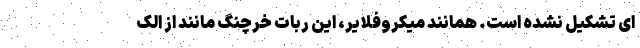
ای تشکیل نشده است. همانند میکروفلایر، این ربات خرچنگ مانند از الک